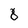
Character: 8